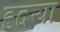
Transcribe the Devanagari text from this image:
ह्रदया